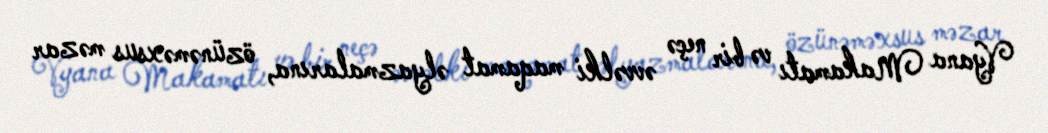
Vyana Makamatı və bir neçə əvvəlki maqamat əlyazmalarına, özünəməxsus məzar